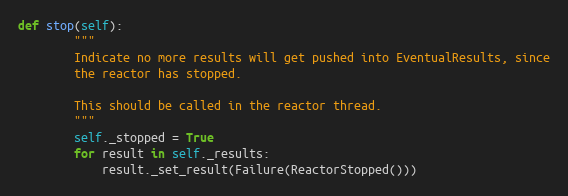
Language: Python
def stop(self):
        """
        Indicate no more results will get pushed into EventualResults, since
        the reactor has stopped.

        This should be called in the reactor thread.
        """
        self._stopped = True
        for result in self._results:
            result._set_result(Failure(ReactorStopped()))